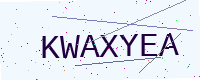
Text: KWAXYEA